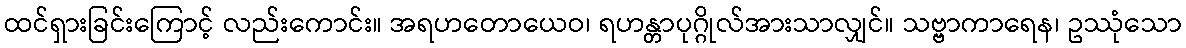
ထင်ရှားခြင်းကြောင့် လည်းကောင်း။ အရဟတောယေဝ၊ ရဟန္တာပုဂ္ဂိုလ်အားသာလျှင်။ သဗ္ဗာကာရေန၊ ဥဿုံသော